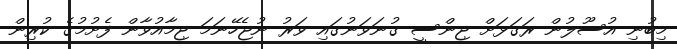
މިބުނި އުސޫލުން ރަގަޅަށް ޖިންސީ ގުނަވަނުގައި ވަރު ނުޖެހޭނަމަ ޖިމާއުވާން ފެށުމުގެ ކުރިން